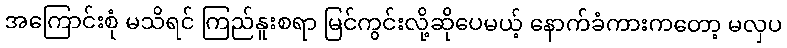
အကြောင်းစုံ မသိရင် ကြည်နူးစရာ မြင်ကွင်းလို့ဆိုပေမယ့် နောက်ခံကားကတော့ မလှပ